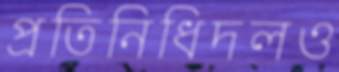
প্রতিনিধিদলও